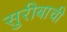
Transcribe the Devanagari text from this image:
सुरीबाची